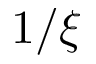
1 / \xi